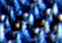
لصور